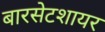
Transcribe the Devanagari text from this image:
बारसेटशायर